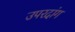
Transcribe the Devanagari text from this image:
उपरदांग